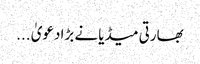
بھارتی میڈیا نے بڑا دعویٰ ...